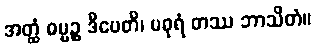
အတ္ထံ ဓမ္မဉ္စ ဒီပေတိ၊ မဓုရံ တဿ ဘာသိတံ။